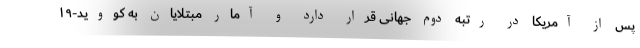
پس از آمریکا در رتبه دوم جهانی قرار دارد و آمار مبتلایان به کووید-۱۹